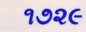
૧૭૨૯